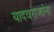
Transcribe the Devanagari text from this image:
यादवराजांना